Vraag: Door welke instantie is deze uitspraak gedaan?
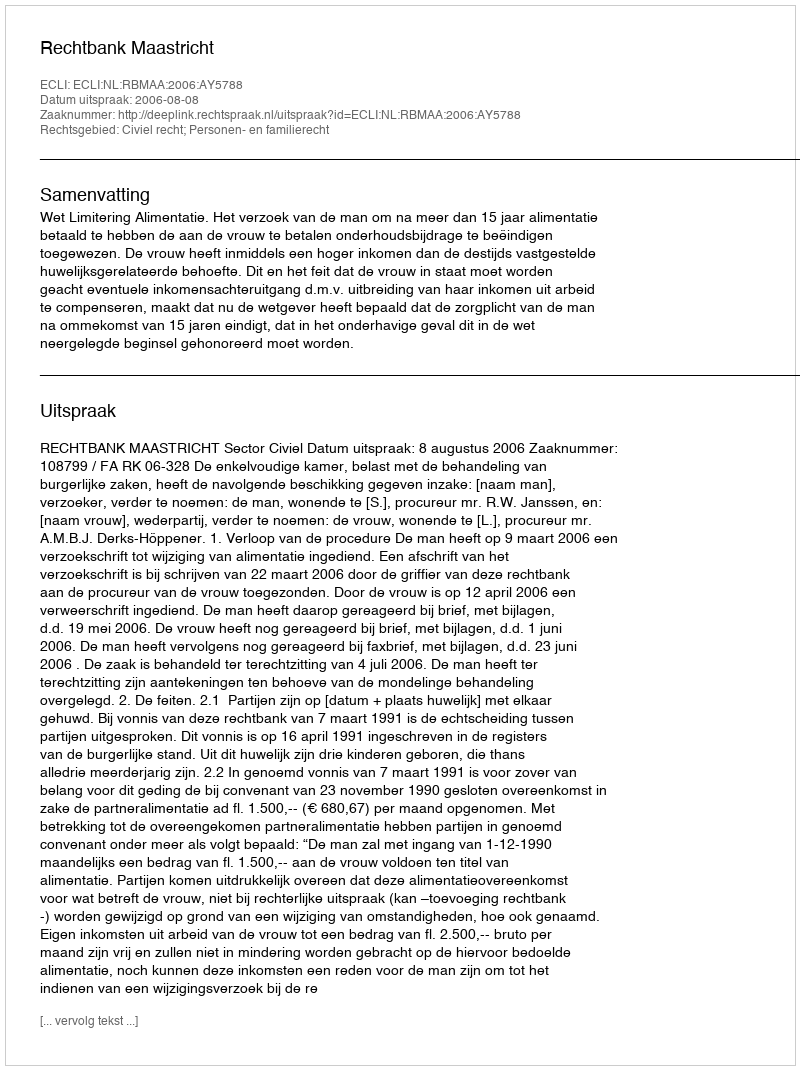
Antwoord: Rechtbank Maastricht